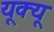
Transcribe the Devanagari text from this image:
यूक्यू